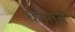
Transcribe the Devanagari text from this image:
घनतव